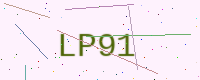
Text: LP91